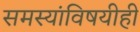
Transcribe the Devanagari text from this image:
समस्यांविषयीही